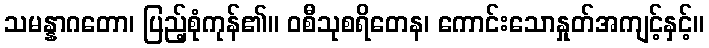
သမန္နာဂတော၊ ပြည့်စုံကုန်၏။ ဝစီသုစရိတေန၊ ကောင်းသောနှုတ်အကျင့်နှင့်။